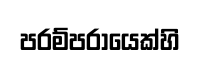
පරම්පරායෙක්හි